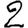
Digit: 2